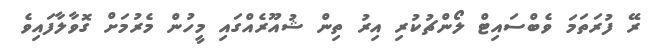
ރޭ ފުރަތަމަ ވެބްސައިޓް ލޯންޗުކުރި އިރު ތިން ޝުއޫރެއްގައި މީހުން މެރުމަށް ގޮވާލާފައިވެ